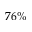
7 6 \%